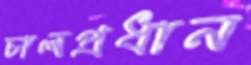
চালপ্রধান